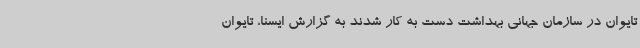
تایوان در سازمان جهانی بهداشت دست به کار شدند به گزارش ایسنا، تایوان